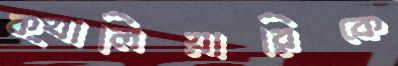
ক্যালিয়ারিকে